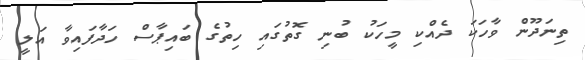
ތިނަދޫން ވާހަކަ ދެއްކި މީހަކު ބުނި ގޮތުގައި ހިތުގެ ބައިޕާސް ހަދާފައިވާ އަލީ